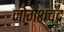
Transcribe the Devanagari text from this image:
जोगेशचंद्र